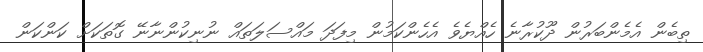
ތިބެން އެމެންބަރުން ދޫކުރާނެ ހެއްޔެވެ އެހެންކަމުން މިފަދަ މައްސަލަތައް ނުނިކުންނާނޭ ގޮތަކަށް ކަންކަން